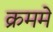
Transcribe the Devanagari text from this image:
क्रममे